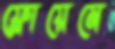
ফ্লোয়েমে